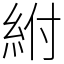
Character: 紨